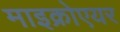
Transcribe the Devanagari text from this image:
माइक्रोएयर